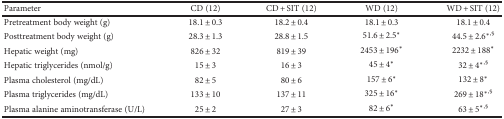
<table><thead><tr><td><b>Parameter</b></td><td><b>CD (12)</b></td><td><b>CD + SIT (12)</b></td><td><b>WD (12)</b></td><td><b>WD + SIT (12)</b></td></tr></thead><tbody><tr><td>Pretreatment body weight (g)</td><td>18.1 ± 0.3</td><td>18.2 ± 0.4</td><td>18.1 ± 0.3</td><td>18.1 ± 0.4</td></tr><tr><td>Posttreatment body weight (g)</td><td>28.3 ± 1.3</td><td>28.8 ± 1.5</td><td>51.6 ± 2.5<sup>∗</sup></td><td>44.5 ± 2.6<sup>∗</sup><sup>,§</sup></td></tr><tr><td>Hepatic weight (mg)</td><td>826 ± 32</td><td>819 ± 39</td><td>2453 ± 196<sup>∗</sup></td><td>2232 ± 188<sup>∗</sup></td></tr><tr><td>Hepatic triglycerides (nmol/g)</td><td>15 ± 3</td><td>16 ± 3</td><td>45 ± 4<sup>∗</sup></td><td>32 ± 4<sup>∗</sup><sup>,§</sup></td></tr><tr><td>Plasma cholesterol (mg/dL)</td><td>82 ± 5</td><td>80 ± 6</td><td>157 ± 6<sup>∗</sup></td><td>132 ± 8<sup>∗</sup></td></tr><tr><td>Plasma triglycerides (mg/dL)</td><td>133 ± 10</td><td>137 ± 11</td><td>325 ± 16<sup>∗</sup></td><td>269 ± 18<sup>∗</sup><sup>,§</sup></td></tr><tr><td>Plasma alanine aminotransferase (U/L)</td><td>25 ± 2</td><td>27 ± 3</td><td>82 ± 6<sup>∗</sup></td><td>63 ± 5<sup>∗</sup><sup>,§</sup></td></tr></tbody></table>